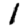
Digit: 1